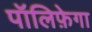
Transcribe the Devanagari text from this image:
पॉलिफ़ेगा